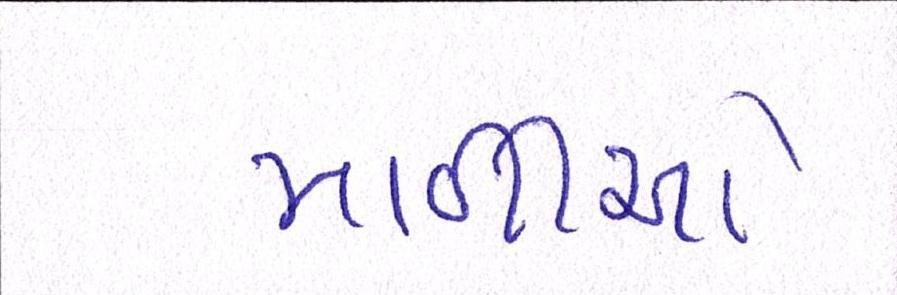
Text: માળીઓ